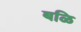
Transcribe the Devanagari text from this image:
बळि